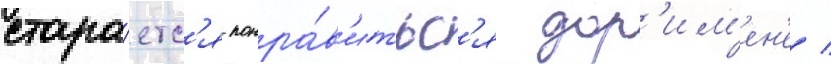
стара́етс'я понра́в'итьс'я дор'им'ен'е /